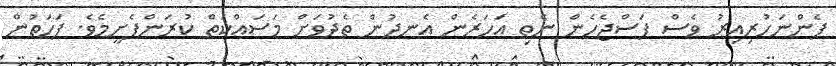
ފެންނަހުރިއިރު ވެސް ފަސްޖެހެން ނެތި އަހަރެން އެނދުން ތެދުވަށް މަސައްކަތް ކުރަންފެށީމެވެ. ފަހަތުން